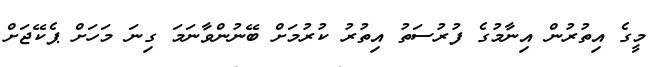
މީގެ އިތުރުން އިނާމުގެ ފުރުސަތު އިތުރު ކުރުމަށް ބޭނުންވާނަމަ ގިނަ މަހަަށް ޕެކޭޖަށް